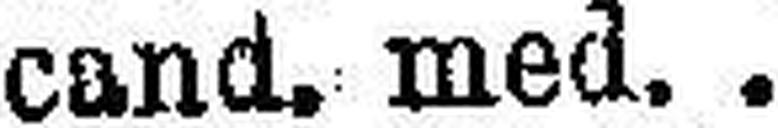
cand. med. .